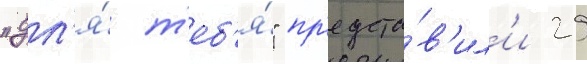
"дл'я́ т'еб'я́" пр'едста́в'ил'и 29